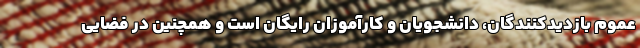
عموم بازدیدکنندگان، دانشجویان و کارآموزان رایگان است و همچنین در فضایی